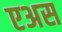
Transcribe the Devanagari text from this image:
एअस